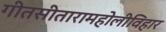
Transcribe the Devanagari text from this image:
गीतसीतारामहोलीविहार